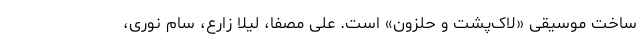
ساخت موسیقی «لاک‌پشت و حلزون» است. علی مصفا، لیلا زارع، سام نوری،